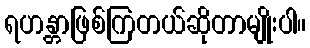
ရဟန္တာဖြစ်ကြတယ်ဆိုတာမျိုးပါ။